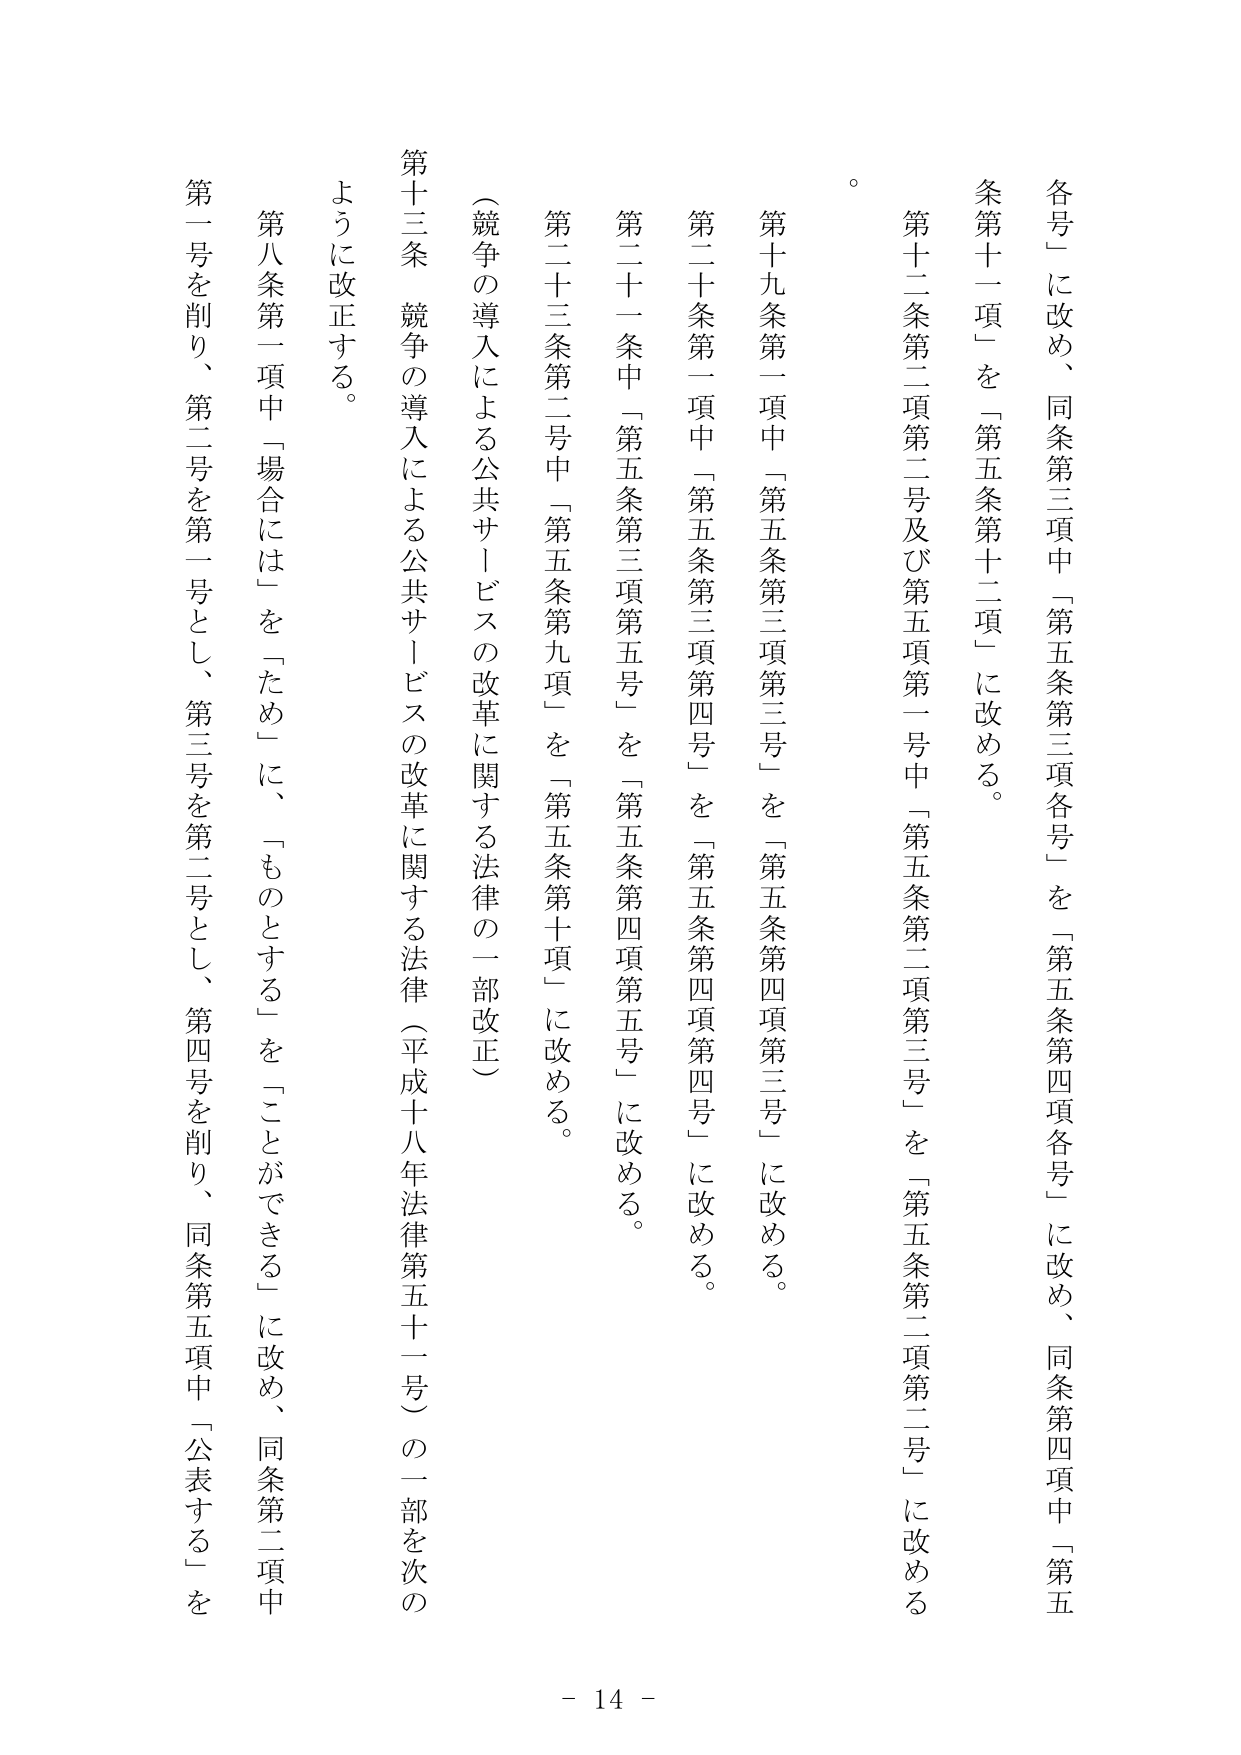
各号」に改め、同条第三項中「第五条第三項各号」を「第五条第四項各号」に改め、同条第四項中「第五条第十一項」を「第五条第十二項」に改める。

第十二条第二項第二号及び第五項第一号中「第五条第二項第三号」を「第五条第二項第二号」に改める。

第十九条第一項中「第五条第三項第三号」を「第五条第四項第三号」に改める。

第二十条第一項中「第五条第三項第四号」を「第五条第四項第四号」に改める。

第二十一条中「第五条第三項第五号」を「第五条第四項第五号」に改める。

第二十三条第二号中「第五条第九項」を「第五条第十項」に改める。

（競争の導入による公共サービスの改革に関する法律の一部改正）

第十三条 競争の導入による公共サービスの改革に関する法律（平成十八年法律第五十一号）の一部を次のとおりに改正する。

第八条第一項中「場合には」を「ため」に、「ものとする」を「ことができる」に改め、同条第二項中第一号を削り、第二号を第一号とし、第三号を第二号とし、第四号を削り、同条第五項中「公表する」を

- 14 -